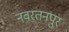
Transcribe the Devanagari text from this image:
नवरतनपुर